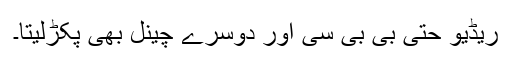
ریڈیو حتی بی بی سی اور دوسرے چینل بھی پکڑلیتا۔